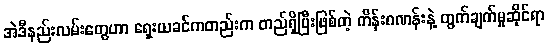
အဲဒီနည်းလမ်းတွေဟာ ရှေးယခင်ကတည်းက တည်ရှိပြီးဖြစ်တဲ့ ကိန်းဂဏန်းနဲ့ တွက်ချက်မှုဆိုင်ရာ